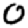
Digit: 0